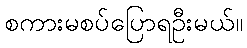
စကားမစပ်ပြောရဦးမယ်။